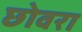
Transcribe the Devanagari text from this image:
छोवरा